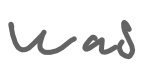
Text: was
Cross-out: clean
Writing tool: digital_gray